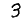
Digit: 3